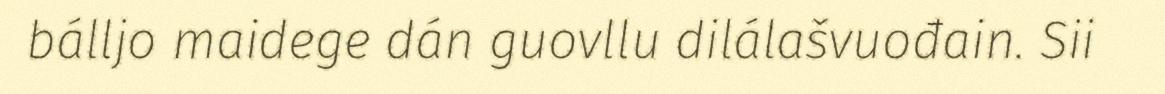
bálljo maidege dán guovllu dilálašvuođain. Sii